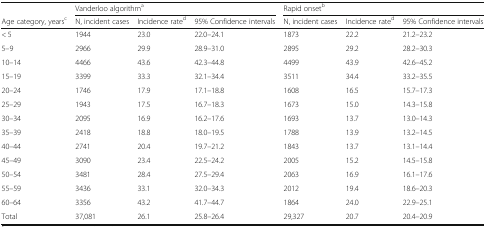
<table><thead><tr><td></td><td colspan="3"><b>Vanderloo algorithm<sup>a</sup></b></td><td colspan="3"><b>Rapid onset<sup>b</sup></b></td></tr><tr><td><b>Age category, years<sup>c</sup></b></td><td><b>N, incident cases</b></td><td><b>Incidence rate<sup>d</sup></b></td><td><b>95% Confidence intervals</b></td><td><b>N, incident cases</b></td><td><b>Incidence rate<sup>d</sup></b></td><td><b>95% Confidence intervals</b></td></tr></thead><tbody><tr><td>&lt; 5</td><td>1944</td><td>23.0</td><td>22.0–24.1</td><td>1873</td><td>22.2</td><td>21.2–23.2</td></tr><tr><td>5–9</td><td>2966</td><td>29.9</td><td>28.9–31.0</td><td>2895</td><td>29.2</td><td>28.2–30.3</td></tr><tr><td>10–14</td><td>4466</td><td>43.6</td><td>42.3–44.8</td><td>4499</td><td>43.9</td><td>42.6–45.2</td></tr><tr><td>15–19</td><td>3399</td><td>33.3</td><td>32.1–34.4</td><td>3511</td><td>34.4</td><td>33.2–35.5</td></tr><tr><td>20–24</td><td>1746</td><td>17.9</td><td>17.1–18.8</td><td>1608</td><td>16.5</td><td>15.7–17.3</td></tr><tr><td>25–29</td><td>1943</td><td>17.5</td><td>16.7–18.3</td><td>1673</td><td>15.0</td><td>14.3–15.8</td></tr><tr><td>30–34</td><td>2095</td><td>16.9</td><td>16.2–17.6</td><td>1693</td><td>13.7</td><td>13.0–14.3</td></tr><tr><td>35–39</td><td>2418</td><td>18.8</td><td>18.0–19.5</td><td>1788</td><td>13.9</td><td>13.2–14.5</td></tr><tr><td>40–44</td><td>2741</td><td>20.4</td><td>19.7–21.2</td><td>1843</td><td>13.7</td><td>13.1–14.4</td></tr><tr><td>45–49</td><td>3090</td><td>23.4</td><td>22.5–24.2</td><td>2005</td><td>15.2</td><td>14.5–15.8</td></tr><tr><td>50–54</td><td>3481</td><td>28.4</td><td>27.5–29.4</td><td>2063</td><td>16.9</td><td>16.1–17.6</td></tr><tr><td>55–59</td><td>3436</td><td>33.1</td><td>32.0–34.3</td><td>2012</td><td>19.4</td><td>18.6–20.3</td></tr><tr><td>60–64</td><td>3356</td><td>43.2</td><td>41.7–44.7</td><td>1864</td><td>24.0</td><td>22.9–25.1</td></tr><tr><td>Total</td><td>37,081</td><td>26.1</td><td>25.8–26.4</td><td>29,327</td><td>20.7</td><td>20.4–20.9</td></tr></tbody></table>